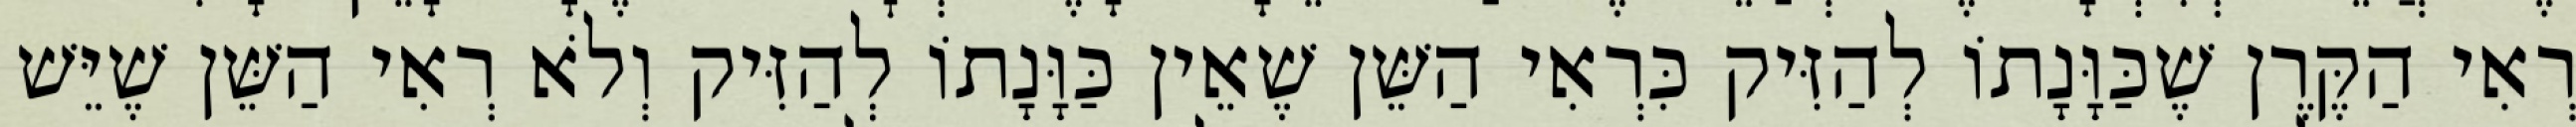
רְאִי הַקֶּרֶן שֶׁכַּוָּנָתוֹ לְהַזִּיק כִּרְאִי הַשֵּׁן שֶׁאֵין כַּוָּנָתוֹ לְהַזִּיק וְלֹא רְאִי הַשֵּׁן שֶׁיֵּשׁ